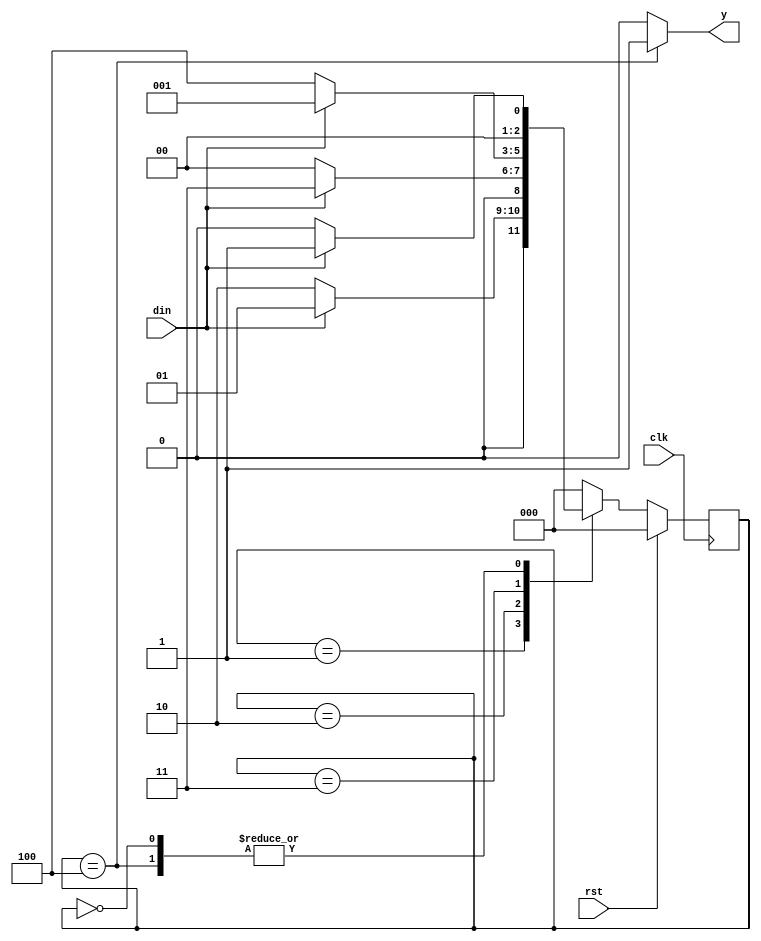
`timescale 1ns / 1ps
//////////////////////////////////////////////////////////////////////////////////
// Company: 
// Engineer: 
// 
// Design Name: 
// Module Name: moore_nonoverlap
// Project Name: 
// Target Devices: 
// Tool Versions: 
// Description: 
// 
// Dependencies: 
// 
// Revision:
// Revision 0.01 - File Created
// Additional Comments:
// 
//////////////////////////////////////////////////////////////////////////////////


module moore_nonoverlap(

    input din,
    input clk,
    input rst,
    output reg y
    );
    reg [2:0] ps,ns; 
    parameter [2:0]s0=3'b000; 
    parameter [2:0]s1=3'b001;
    parameter [2:0]s2=3'b010;
    parameter [2:0]s3=3'b011; 
    parameter [2:0]s4=3'b100;
    always@(posedge clk) 
    begin 
        if(rst) 
            begin 
                ps<=s0; 
                
            end
            else
            ps<=ns;
            end
        always @(ps or din)
            begin 
                case(ps)
                s0:begin 
                    y<=1'b0;
                    if(din) 
                        ns<=s1; 
                    else 
                        ns<=s0;
                   end
                
                s1:begin 
                    y<=1'b0;
                    if(din) 
                        ns<=s1; 
                    else 
                        ns<=s2;
                   end
                 s2:begin 
                    y<=1'b0;
                    if(din) 
                        ns<=s3; 
                    else 
                        ns<=s0;
                   end
                  s3:begin 
                    y<=1'b0;
                    if(din) 
                        ns<=s1; 
                    else 
                        ns<=s4;
                   end
                  s4:begin 
                    y<=1'b1;
                    if(!din) 
                        ns<=s0; 
                    else 
                        ns<=s1;
                    end
                  default:begin 
                        y<=1'b0; 
                        ns<=s0;
                  end
                endcase
            end
    
endmodule